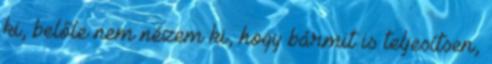
ki, belőle nem nézem ki, hogy bármit is teljesítsen,